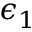
\epsilon _ { 1 }